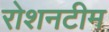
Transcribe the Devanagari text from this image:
रोशनटीम